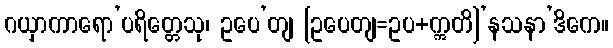
ဂယှာကာရော’ပရိတ္တေသု၊ ဥပေ’တျ [ဥပေတျ=ဥပ+ဣတိ]’နသနာ’ဒိကေ။